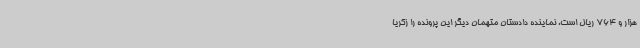
هزار و 764 ریال است. نماینده دادستان متهمان دیگر این پرونده را زکریا